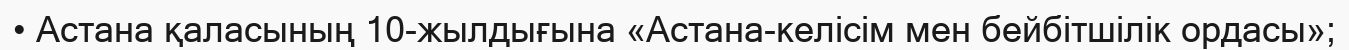
• Астана қаласының 10-жылдығына «Астана-келісім мен бейбітшілік ордасы»;